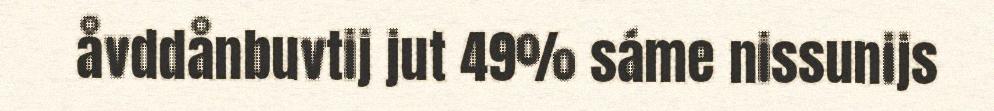
åvddånbuvtij jut 49% sáme nissunijs